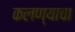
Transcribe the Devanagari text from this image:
कलण्याचा